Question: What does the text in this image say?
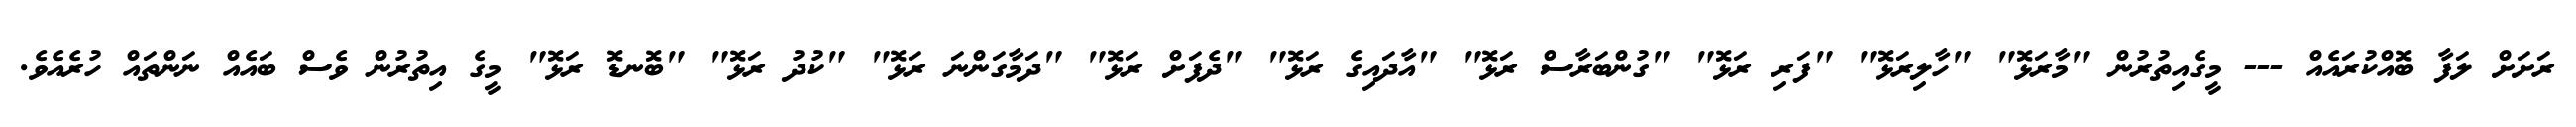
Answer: ރަށަށް ލަފާ ބޮއްކުރައެއް --- މީގެއިތުރުން "މާރަޅޮ" "ހާލިރަޅޮ" "ފަރި ރަޅޮ" "ގުންބަރާސް ރަޅޮ" "އާދައިގެ ރަޅޮ" "ދެފަށް ރަޅޮ" "ދަމާގަންނަ ރަޅޮ" "ކުދު ރަޅޮ" "ބޮނޑޮ ރަޅޮ" މީގެ އިތުރުން ވެސް ބައެއް ނަންތައް ހުރެއެވެ.